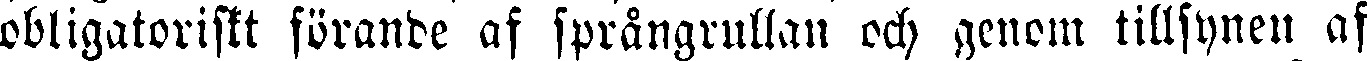
obligatoriskt förande af språngrullan och genom tillsynen af